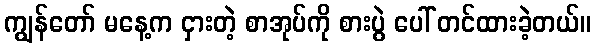
ကျွန်တော် မနေ့က ငှားတဲ့ စာအုပ်ကို စားပွဲ ပေါ် တင်ထားခဲ့တယ်။